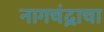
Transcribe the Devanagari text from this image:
नागचंद्राचा